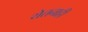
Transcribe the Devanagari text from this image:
येतनाही